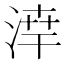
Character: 𪶗